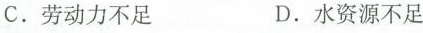
C. 劳动力不足 D. 水资源不足